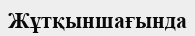
Жұтқыншағында